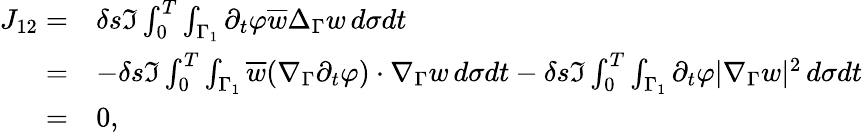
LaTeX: \begin{array}{rl}{J_{12}=}&{\delta s\Im\int_{0}^{T}\int_{\Gamma_{1}}\partial_{t}\varphi\overline{{w}}\Delta_{\Gamma}w\, d\sigma dt}\\ {=}&{-\delta s\Im\int_{0}^{T}\int_{\Gamma_{1}}\overline{{w}}(\nabla_{\Gamma}\partial_{t}\varphi)\cdot\nabla_{\Gamma}w\, d\sigma dt-\delta s\Im\int_{0}^{T}\int_{\Gamma_{1}}\partial_{t}\varphi|\nabla_{\Gamma}w|^{2}\, d\sigma dt}\\ {=}&{0,}\end{array}